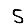
Digit: 5